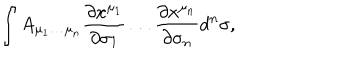
LaTeX: \int A _ { \mu _ { 1 } \ldots \mu _ { n } } { \frac { \partial x ^ { \mu _ { 1 } } } { \partial \sigma _ { 1 } } } \ldots { \frac { \partial x ^ { \mu _ { n } } } { \partial \sigma _ { n } } } d ^ { n } \sigma ,